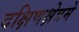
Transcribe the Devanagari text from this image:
दक्षिणक्षेत्रमे